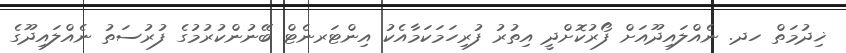
ޚިދުމަތް ހދ. ނެއްލައިދޫއަށް ފޯރުކޮށްދީ އިތުރު ފުރިހަމަކަމާއެކު އިންޓަރނެޓް ބޭނުންކުރުމުގެ ފުރުސަތު ނެއްލައިދޫގެ